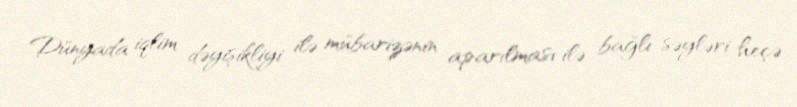
Dünyada iqlim dəyişikliyi ilə mübarizənin aparılması ilə bağlı səyləri heçə